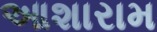
આશારામ